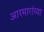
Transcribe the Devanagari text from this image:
आरमारांच्या